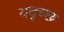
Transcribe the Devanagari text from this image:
यदृच्छ